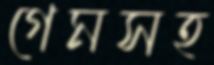
গেমসহ